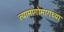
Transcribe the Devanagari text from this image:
त्यामागोमागच्या